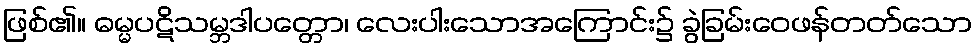
ဖြစ်၏။ ဓမ္မပဋိသမ္ဘဒါပတ္တော၊ လေးပါးသောအကြောင်း၌ ခွဲခြမ်းဝေဖန်တတ်သော